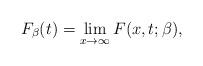
LaTeX: \begin{gather*}F_{\beta} (t) = \lim_{x \to \infty} F(x, t;\beta),\end{gather*}